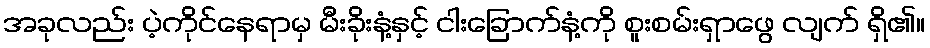
အခုလည်း ပဲ့ကိုင်နေရာမှ မီးခိုးနံ့နှင့် ငါးခြောက်နံ့ကို စူးစမ်းရှာဖွေ လျက် ရှိ၏။